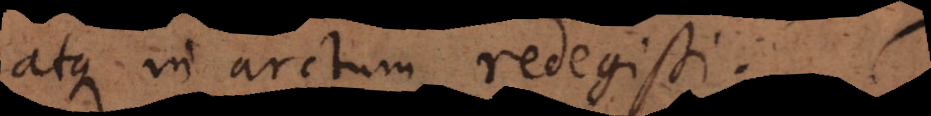
atque in arctum redegisti.